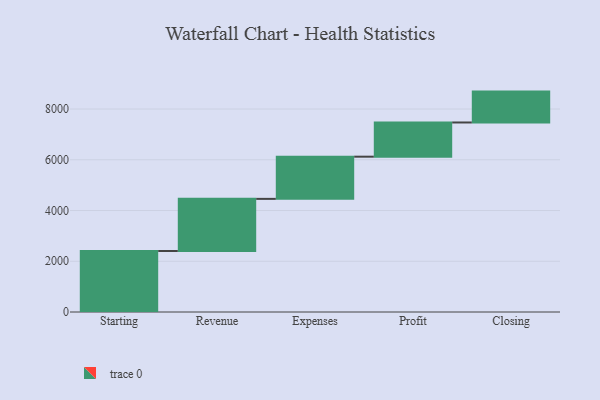
{"axis": {"x": "Step", "y": "Value"}, "legend": [""], "data": [{"x": "Starting", "y": 2405.0, "type": ""}, {"x": "Revenue", "y": 2054.0, "type": ""}, {"x": "Expenses", "y": 1663.0, "type": ""}, {"x": "Profit", "y": 1348.0, "type": ""}, {"x": "Closing", "y": 1217.0, "type": ""}]}